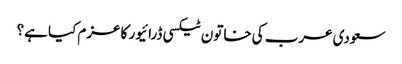
سعودی عرب کی خاتون ٹیکسی ڈرائیور کا عزم کیا ہے؟